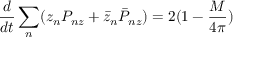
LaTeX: \frac { d } { d t } \sum _ { n } ( z _ { n } P _ { n z } + \bar { z } _ { n } \bar { P } _ { n z } ) = 2 ( 1 - \frac { M } { 4 \pi } )